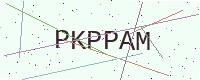
Text: PKPPAM